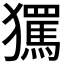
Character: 𭸱